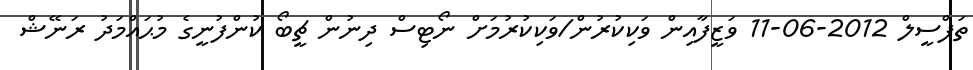
ތަފްސީލް 2012-06-11 ވަޒީފާއިން ވަކިކުރުން/ވަކިކުރުމަށް ނޯޓިސް ދިނުން ޗީބޯ ކުންފުނީގެ މުޙައްމަދު ރަނޭޝް